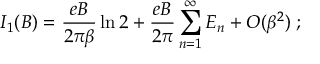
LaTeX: I _ { 1 } ( B ) = \frac { e B } { 2 \pi \beta } \ln 2 + \frac { e B } { 2 \pi } \sum _ { n = 1 } ^ { \infty } E _ { n } + { \cal { O } } ( \beta ^ { 2 } ) \; ;